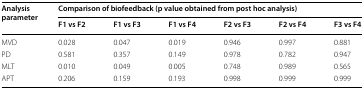
<table><thead><tr><td rowspan="2"><b>Analysis parameter</b></td><td colspan="6"><b>Comparison of biofeedback (p value obtained from post hoc analysis)</b></td></tr><tr><td><b>F1 vs F2</b></td><td><b>F1 vs F3</b></td><td><b>F1 vs F4</b></td><td><b>F2 vs F3</b></td><td><b>F2 vs F4</b></td><td><b>F3 vs F4</b></td></tr></thead><tbody><tr><td>MVD</td><td>0.028</td><td>0.047</td><td>0.019</td><td>0.946</td><td>0.997</td><td>0.881</td></tr><tr><td>PD</td><td>0.581</td><td>0.357</td><td>0.149</td><td>0.978</td><td>0.782</td><td>0.947</td></tr><tr><td>MLT</td><td>0.010</td><td>0.049</td><td>0.005</td><td>0.748</td><td>0.989</td><td>0.565</td></tr><tr><td>APT</td><td>0.206</td><td>0.159</td><td>0.193</td><td>0.998</td><td>0.999</td><td>0.999</td></tr></tbody></table>